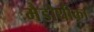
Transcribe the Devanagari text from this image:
मैडोथीका